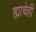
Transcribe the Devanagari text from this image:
ह्याचेही